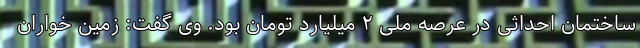
ساختمان احداثی در عرصه ملی ۲ میلیارد تومان بود. وی گفت: زمین خواران